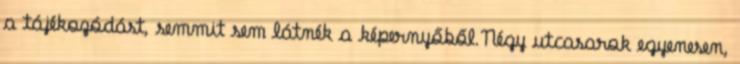
a tájékozódást, semmit sem látnék a képernyőből.Négy utcasarok egyenesen,